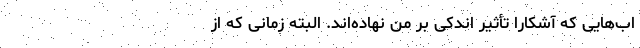
اب‌هایی که آشکارا تأثیر اندکی بر من نهاده‌اند. البته زمانی که از